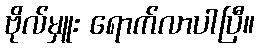
ဗိုလ်မှူး ရောက်လာပါပြီ။